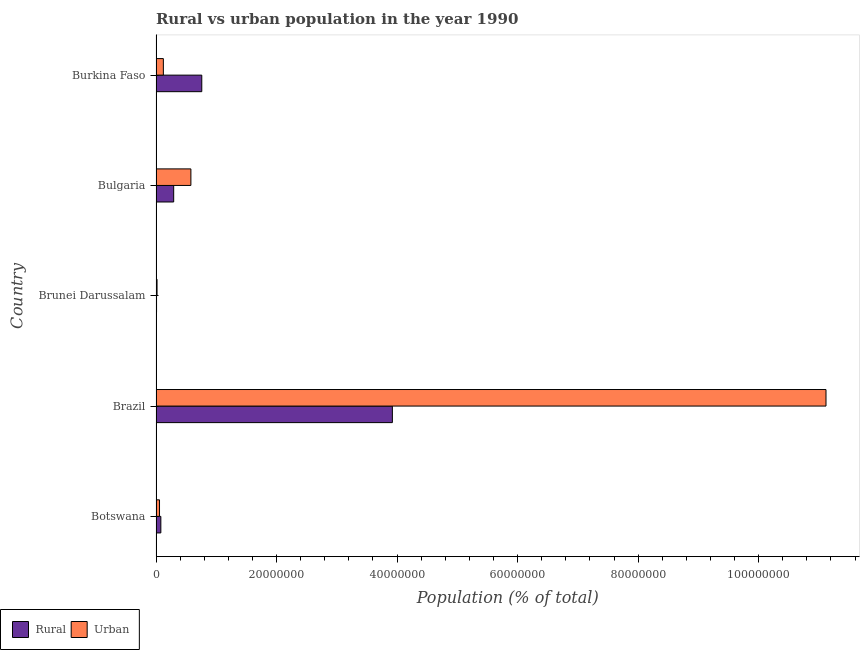
| Country | Rural | Urban |
 | --- | --- | --- |
 | Botswana | 8.01e+05 | 5.79e+05 |
 | Brazil | 3.92e+07 | 1.11e+08 |
 | Brunei Darussalam | 8.78e+04 | 1.69e+05 |
 | Bulgaria | 2.93e+06 | 5.79e+06 |
 | Burkina Faso | 7.59e+06 | 1.22e+06 |